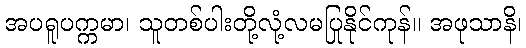
အပရူပက္ကမာ၊ သူတစ်ပါးတို့လုံ့လမပြုနိုင်ကုန်။ အဖုသာနိ၊